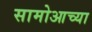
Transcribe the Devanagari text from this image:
सामोआच्या